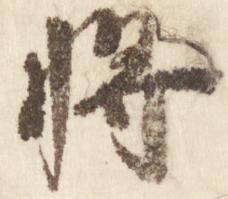
将